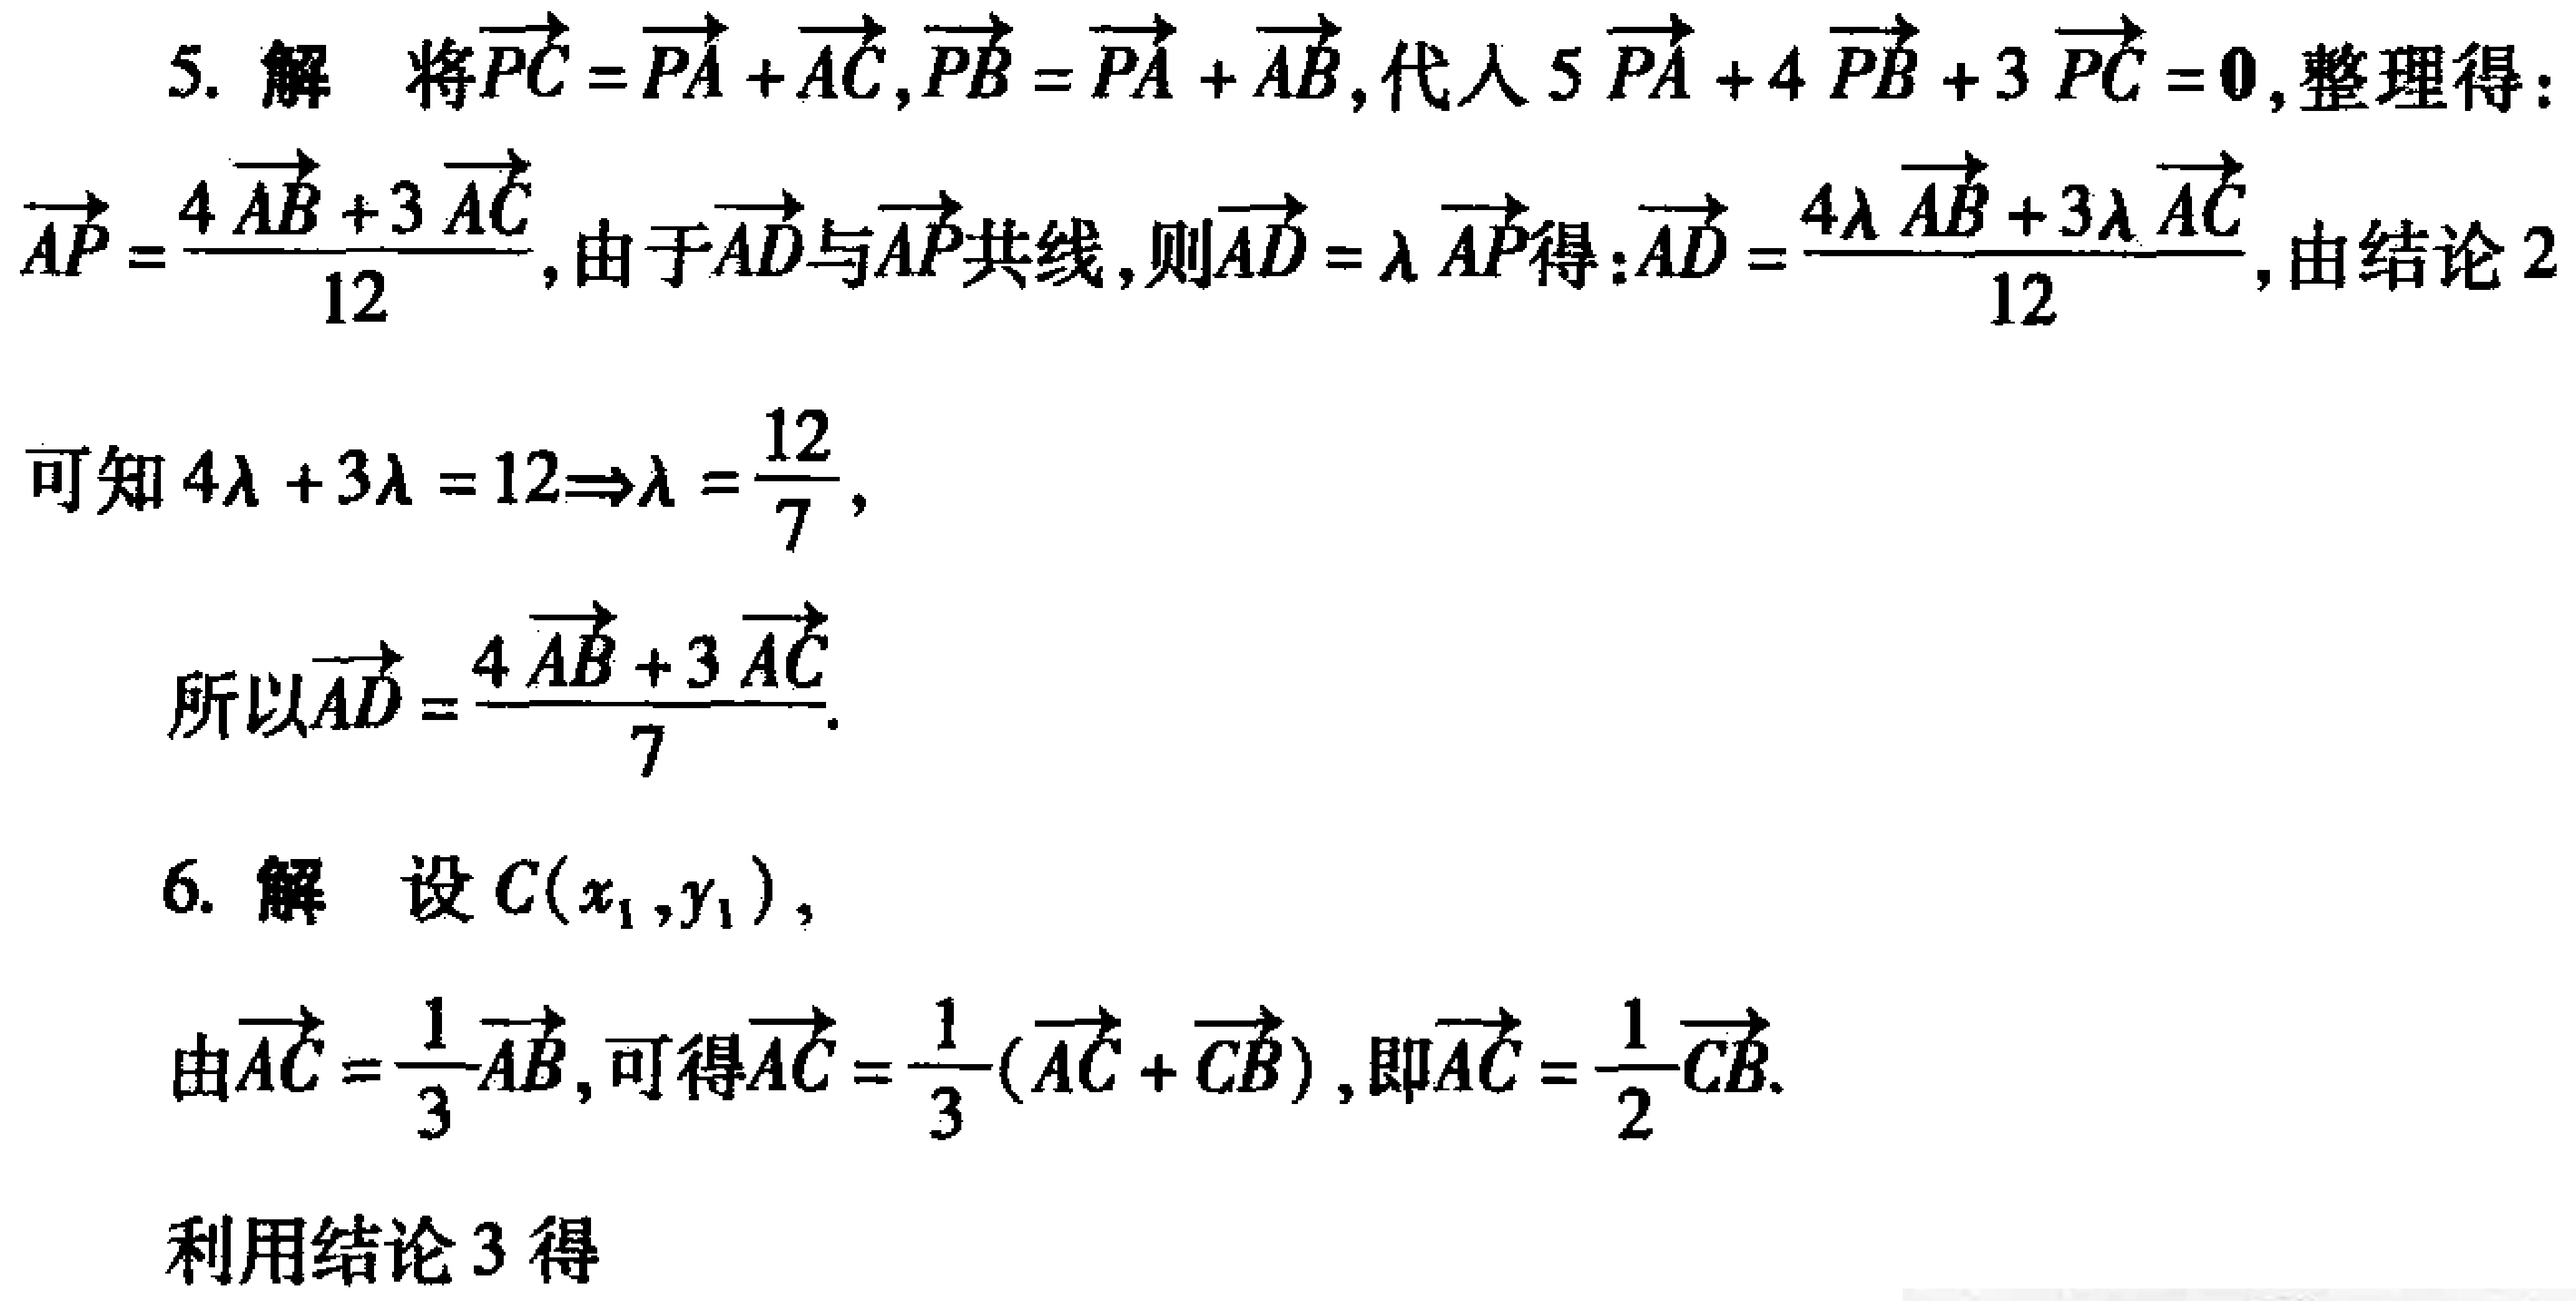
5. 解 将\(\overrightarrow{PC}=\overrightarrow{PA}+\overrightarrow{AC},\overrightarrow{PB}=\overrightarrow{PA}+\overrightarrow{AB}\), 代入 \(5\overrightarrow{PA} + 4\overrightarrow{PB}+3\overrightarrow{PC} = 0\), 整理得：
\(\overrightarrow{AP}=\frac{4\overrightarrow{AB}+3\overrightarrow{AC}}{12}\), 由于\(\overrightarrow{AD}\)与\(\overrightarrow{AP}\)共线, 则\(\overrightarrow{AD}=\lambda\overrightarrow{AP}\)得：\(\overrightarrow{AD}=\frac{4\lambda\overrightarrow{AB}+3\lambda\overrightarrow{AC}}{12}\), 由结论2
可知 \(4\lambda + 3\lambda=12\Rightarrow\lambda=\frac{12}{7}\),
所以\(\overrightarrow{AD}=\frac{4\overrightarrow{AB}+3\overrightarrow{AC}}{7}\).
6. 解 设 \(C(x_1,y_1)\),
由\(\overrightarrow{AC}=\frac{1}{3}\overrightarrow{AB}\), 可得\(\overrightarrow{AC}=\frac{1}{3}(\overrightarrow{AC}+\overrightarrow{CB})\), 即\(\overrightarrow{AC}=\frac{1}{2}\overrightarrow{CB}\).
利用结论3得